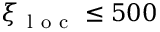
\xi _ { \mathrm { ~ l ~ o ~ c ~ } } \leq 5 0 0